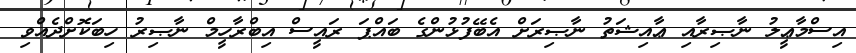
އިސްމާޢީލު ނާޞިރާއި ޢާއިޝަތު ނާޞިރަށް އެބޭފުޅުންގެ ބައްޕަ ރައީސް އިބްރާހީމް ނާޞިރު ހިބަކޮށްދެއްވި